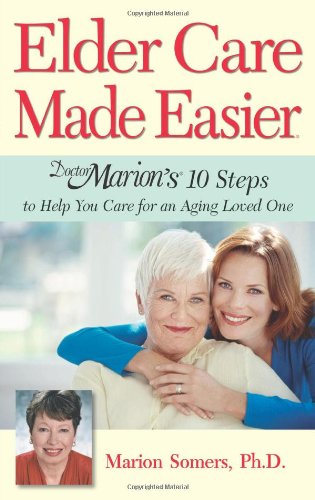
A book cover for Elder Care Made Easier: Doctor Marion's 10 Steps to Help You Care for an Aging Loved One; Marion Somers PhD; Medical Books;